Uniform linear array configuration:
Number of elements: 12
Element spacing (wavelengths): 1
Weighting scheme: blackman
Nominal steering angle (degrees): -15
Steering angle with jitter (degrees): -16.995
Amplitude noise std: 0.05
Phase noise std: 0.05

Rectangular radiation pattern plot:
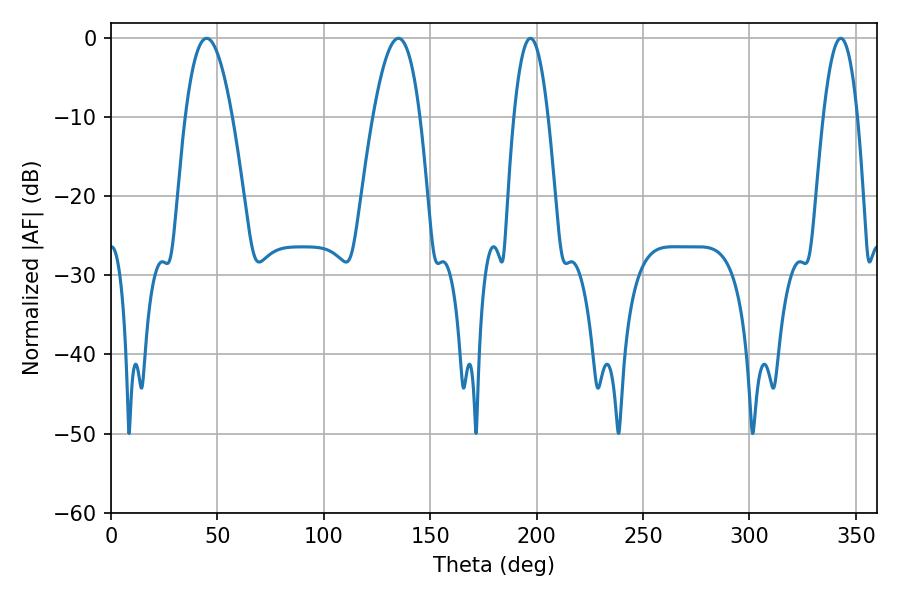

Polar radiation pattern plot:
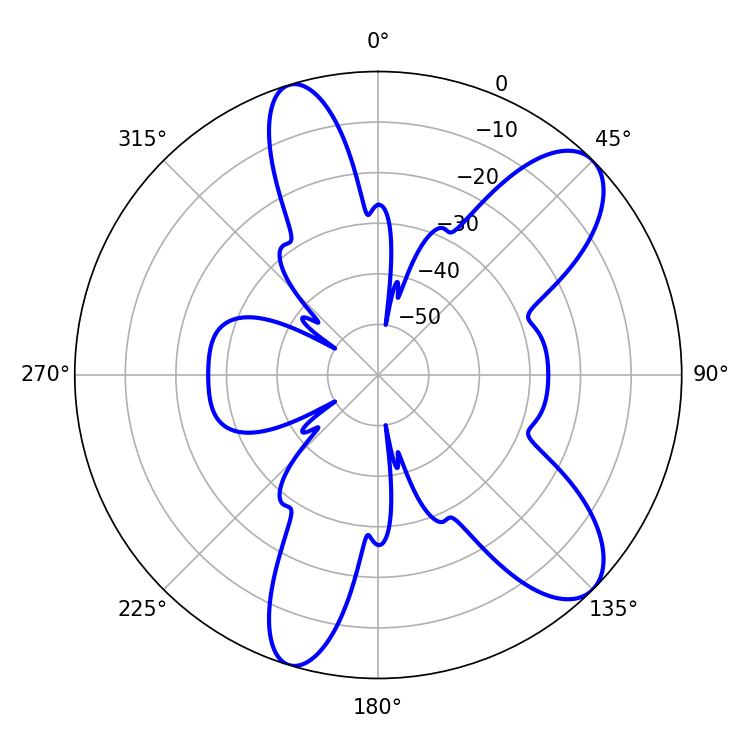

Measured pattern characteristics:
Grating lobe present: TRUE
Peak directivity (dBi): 9.494
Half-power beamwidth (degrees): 8.82
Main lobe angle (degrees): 197.1